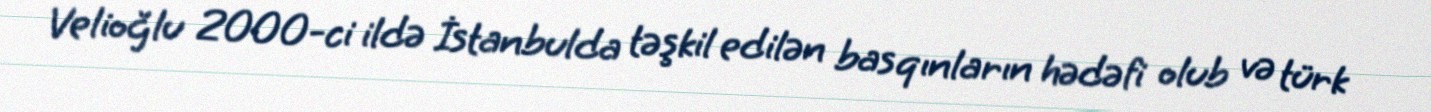
Velioğlu 2000-ci ildə İstanbulda təşkil edilən basqınların hədəfi olub və türk